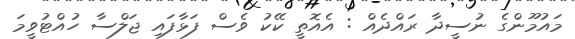
މައުމޫންގެ ނުސީދާ ރައްދެއް : އެއޮތީ ކޭކު ވެސް ފަޅާފައި ޖަލްސާ ހުއްޓުވީމަ